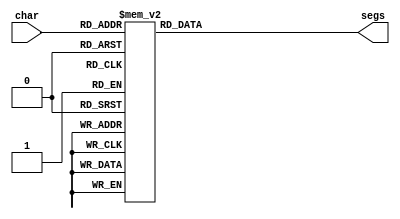
/*
   This file was generated automatically by Alchitry Labs version 1.2.1.
   Do not edit this file directly. Instead edit the original Lucid source.
   This is a temporary file and any changes made to it will be destroyed.
*/

module seven_seg_9 (
    input [3:0] char,
    output reg [6:0] segs
  );
  
  
  
  always @* begin
    
    case (char)
      1'h0: begin
        segs = 7'h40;
      end
      1'h1: begin
        segs = 7'h79;
      end
      2'h2: begin
        segs = 7'h24;
      end
      2'h3: begin
        segs = 7'h30;
      end
      3'h4: begin
        segs = 7'h66;
      end
      3'h5: begin
        segs = 7'h12;
      end
      3'h6: begin
        segs = 7'h02;
      end
      3'h7: begin
        segs = 7'h78;
      end
      4'h8: begin
        segs = 7'h00;
      end
      4'h9: begin
        segs = 7'h18;
      end
      4'ha: begin
        segs = 7'h3f;
      end
      4'hb: begin
        segs = 7'h7f;
      end
      4'hc: begin
        segs = 7'h3f;
      end
      4'hd: begin
        segs = 7'h3e;
      end
      4'he: begin
        segs = 7'h78;
      end
      4'hf: begin
        segs = 7'h79;
      end
      5'h10: begin
        segs = 7'h31;
      end
      5'h11: begin
        segs = 7'h40;
      end
      5'h12: begin
        segs = 7'h7f;
      end
      5'h13: begin
        segs = 7'h6d;
      end
      default: begin
        segs = 7'h00;
      end
    endcase
  end
endmodule